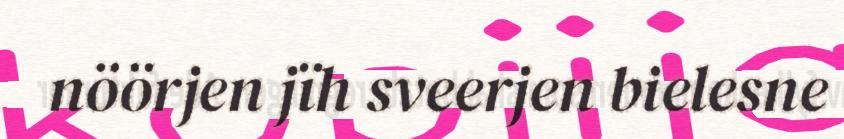
nöörjen jïh sveerjen bielesne